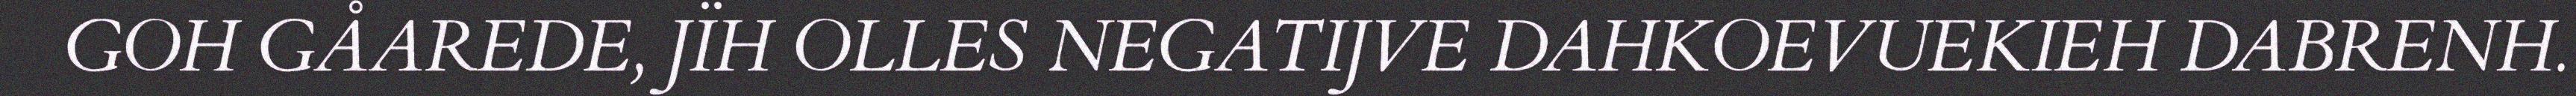
GOH GÅAREDE, JÏH OLLES NEGATIJVE DAHKOEVUEKIEH DABRENH.